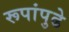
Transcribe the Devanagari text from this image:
रूपांपुढे